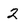
Character: 2